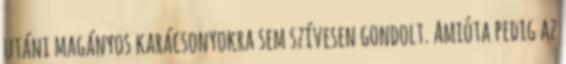
utáni magányos karácsonyokra sem szívesen gondolt. Amióta pedig az